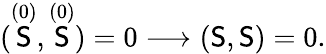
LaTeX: (\stackrel{(0)}{\mathsf{S}},\stackrel{(0)}{\mathsf{S}})=0\longrightarrow(\mathsf{S},\mathsf{S})=0.